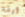
ورقه